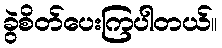
ခွဲစိတ်ပေးကြပါတယ်။